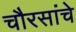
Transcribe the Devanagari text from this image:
चौरसांचे